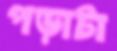
পড়াটা